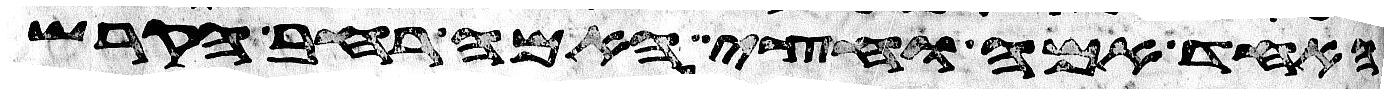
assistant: האחד אמה וחצי האמה רחב הקרש